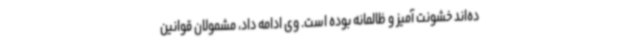
ده‌اند خشونت آمیز و ظالمانه بوده است. وی ادامه داد، مشمولان قوانین